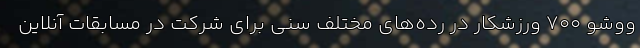
ووشو ۷۰۰ ورزشکار در رده‌های مختلف سنی برای شرکت در مسابقات آنلاین‌